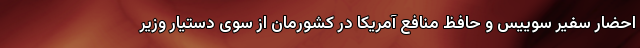
احضار سفیر سوییس و حافظ منافع آمریکا در کشورمان از سوی دستیار وزیر